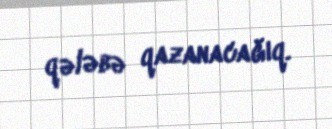
qələbə qazanacağıq.